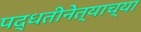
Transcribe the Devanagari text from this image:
पद्धतीनेत्याच्या